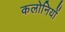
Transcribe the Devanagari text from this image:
कलोनियों